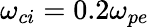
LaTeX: \omega_{ci}=0.2\omega_{pe}